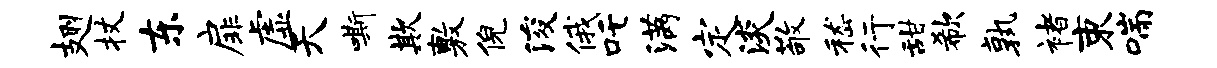
翅杖东扉虚天嘶欺敷倪浚俄吒满定淡敬嵇行甜欷孰褚束喘